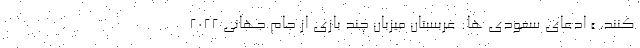
کنند. » ادعای سعودی ها: عربستان میزبان چند بازی از جام جهانی ۲۰۲۲